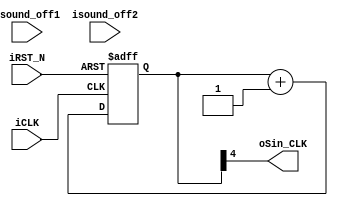
module	DeBUG_TEST (	//	Host Side
							iCLK,
							iRST_N,
							isound_off1,
							isound_off2,
							oSin_CLK
						  );

input			iCLK;
input			iRST_N;
input			isound_off1;
input			isound_off2;

output		oSin_CLK;

reg [31:0]	Cont;
reg			sound_off1,sound_off2;

assign	oSin_CLK	=	Cont[4];
//=============================================================================
// Structural coding
//=============================================================================

always@(posedge iCLK or negedge iRST_N)
begin
	if(!iRST_N)
	begin
		Cont <= 0;
		sound_off1	<= 0;
		sound_off2	<= 0;
	end
	else
	begin
		Cont <= Cont+1;
		sound_off1	<=	isound_off1;
		sound_off2	<=	isound_off2;
	end
end

endmodule